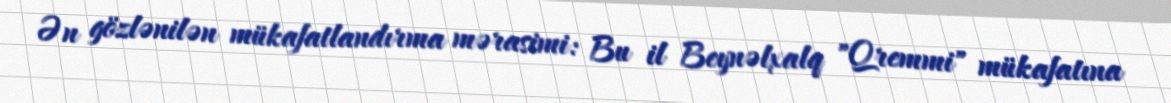
Ən gözlənilən mükafatlandırma mərasimi: Bu il Beynəlxalq "Qremmi" mükafatına